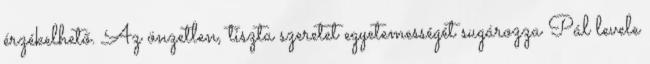
érzékelhető. Az önzetlen, tiszta szeretet egyetemességét sugározza Pál levele